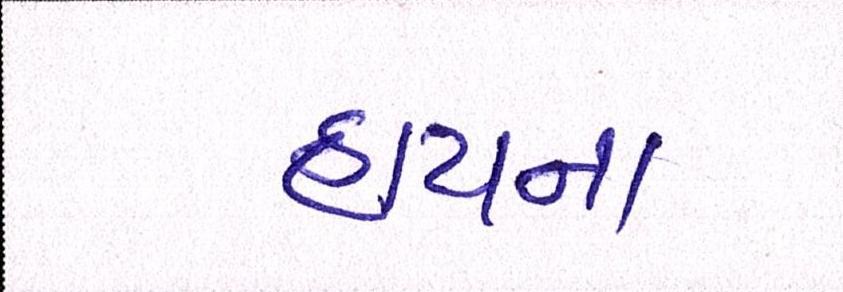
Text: હાયના